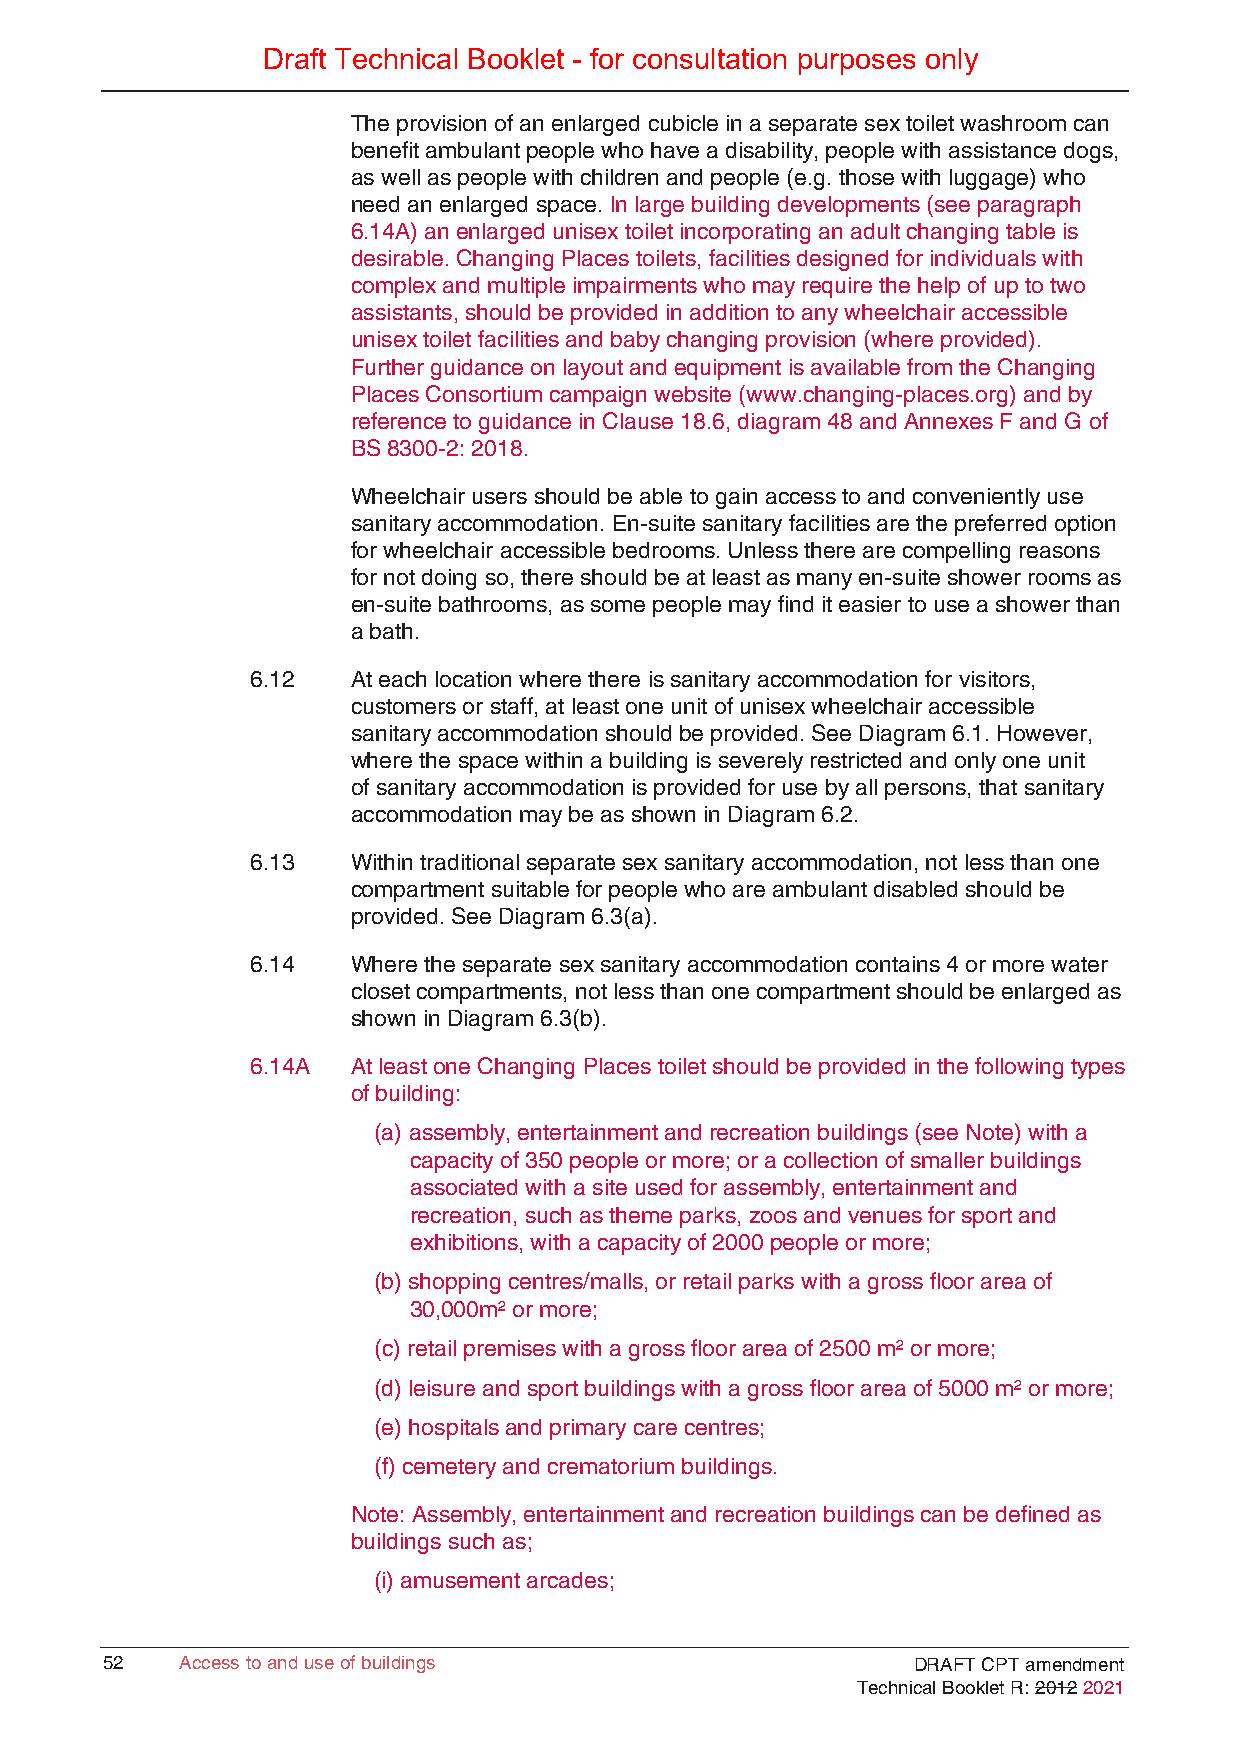
Draft Technical Booklet - for consultation purposes only
 The provision of an enlarged cubicle in a separate sex toilet washroom can
 benefit ambulant people who have a disability, people with assistance dogs,
 as well as people with children and people (e.g. those with luggage) who
 need an enlarged space. In large building developments (see paragraph
 6.14A) an enlarged unisex toilet incorporating an adult changing table is
 desirable. Changing Places toilets, facilities designed for individuals with
 complex and multiple impairments who may require the help of up to two
 assistants, should be provided in addition to any wheelchair accessible
 unisex toilet facilities and baby changing provision (where provided).
 Further guidance on layout and equipment is available from the Changing
 Places Consortium campaign website (www.changing-places.org) and by
 reference to guidance in Clause 18.6, diagram 48 and Annexes F and G of
 BS 8300-2: 2018.
 Wheelchair users should be able to gain access to and conveniently use
 sanitary accommodation. En-suite sanitary facilities are the preferred option
 for wheelchair accessible bedrooms. Unless there are compelling reasons
 for not doing so, there should be at least as many en-suite shower rooms as
 en-suite bathrooms, as some people may find it easier to use a shower than
 a bath.
 6.12  At each location where there is sanitary accommodation for visitors,
 customers or staff, at least one unit of unisex wheelchair accessible
 sanitary accommodation should be provided. See Diagram 6.1. However,
 where the space within a building is severely restricted and only one unit
 of sanitary accommodation is provided for use by all persons, that sanitary
 accommodation may be as shown in Diagram 6.2.
 6.13  Within traditional separate sex sanitary accommodation, not less than one
 compartment suitable for people who are ambulant disabled should be
 provided. See Diagram 6.3(a).
 6.14  Where the separate sex sanitary accommodation contains 4 or more water
 closet compartments, not less than one compartment should be enlarged as
 shown in Diagram 6.3(b).
 6.14A At least one Changing Places toilet should be provided in the following types
 of building:
 (a) assembly, entertainment and recreation buildings (see Note) with a
 capacity of 350 people or more; or a collection of smaller buildings
 associated with a site used for assembly, entertainment and
 recreation, such as theme parks, zoos and venues for sport and
 exhibitions, with a capacity of 2000 people or more;
 (b) shopping centres/malls, or retail parks with a gross floor area of
 30,000m² or more;
 (c) retail premises with a gross floor area of 2500 m² or more;
 (d) leisure and sport buildings with a gross floor area of 5000 m² or more;
 (e) hospitals and primary care centres;
 (f) cemetery and crematorium buildings.
 Note: Assembly, entertainment and recreation buildings can be defined as
 buildings such as;
 (i) amusement arcades;
 5522 AAcccceessss ttoo aanndd uussee ooff bbuuiillddiinnggss DRAFT CPT amendment
 Technical Booklet R: 2012 2021